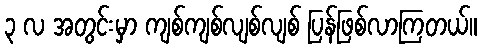
၃ လ အတွင်းမှာ ကျစ်ကျစ်လျစ်လျစ် ပြန်ဖြစ်လာကြတယ်။